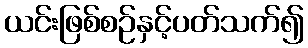
ယင်းဖြစ်စဉ်နှင့်ပတ်သက်၍